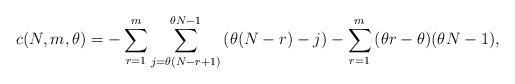
LaTeX: \begin{align*}c(N, m, \theta) = -\sum_{r=1}^m{ \sum_{j=\theta(N-r+1)}^{\theta N - 1}{(\theta(N - r)-j )} } - \sum_{r=1}^{m}{(\theta r - \theta)(\theta N - 1)},\end{align*}